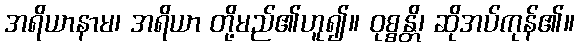
အရိယာနာမ၊ အရိယာ တို့မည်၏ဟူ၍။ ဝုစ္စန္တိ၊ ဆိုအပ်ကုန်၏။